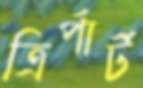
ত্রির্পার্ট